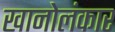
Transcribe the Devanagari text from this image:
खानोलंकार